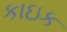
કાઇક